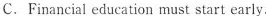
C.Financial education must start early.